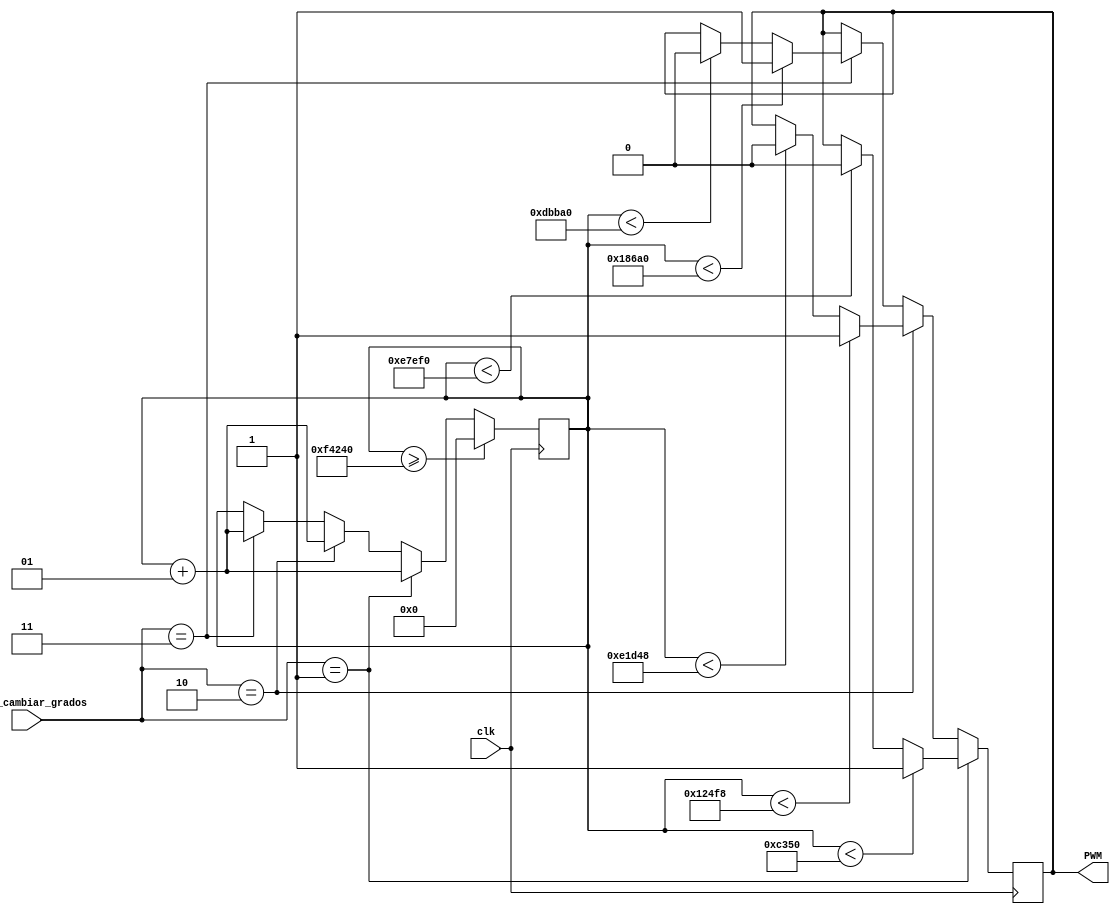
`timescale 10ns/1ns
module servo( input clk, output reg PWM, input [1:0]boton_cambiar_grados );

//wire [1:0] boton_cambiar_grados;
integer contador;
//integer auxContador;
//reg C;

initial begin
PWM=0; // El PWM del servo ancho de pulso es 20 ms
contador=0; // Contador PWM
//C=1;// Se encarga de cambiar entre estados
end


	

		
always@(posedge clk) begin


//PWM<=~boton_cambiar_grados;

////C<= boton_cambiar_grados;
//	auxContador=auxContador+1;
//	if(boton_cambiar_grados&&auxContador>50_000_000)
//	begin
//
//	C <= 1+C;
//	if(boton_cambiar_grados;==4) C<=1;
//	auxContador=0;
//
//	end

	if(boton_cambiar_grados==1)
		begin
				contador<= contador +1;                      
				if (contador<50_000)//  1ms/periodo FPGA
				begin
					PWM <= 1;
				end
				else
				if (contador < 950_000) //1ms-20ms/periodo FPGA
				begin
				PWM <= 0;
				end
	end			
	else
	if(boton_cambiar_grados==2)
		begin
				contador<= contador +1;                      
				if (contador<75_000) // 1.5ms/periodo FPGA
				begin
				
					PWM <= 1;
				end
				else
				if (contador < 925_000) //1.5ms-20ms/periodo FPGA
				begin
				PWM <= 0;
				end
		
	end	

			
	else if(boton_cambiar_grados==3)
		begin
				contador<= contador +1;                      
				if (contador<100_000)	//2ms/periodo FPGA
				begin
				
					PWM <= 1;
				end
				else
				if (contador < 900_000) //2ms-20ms/periodo FPGA
				begin
				PWM <= 0;
				end
		
				
	end

	if(contador >=1_000_000) // Se reinicia en 20 ms
	begin
		contador <= 0;
	end			
end
	
	
 endmodule